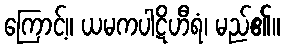
ကြောင့်။ ယမကပါဋိဟီရံ၊ မည်၏။